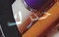
حذرك